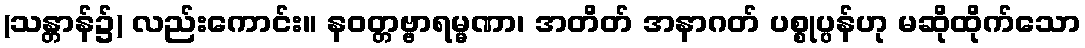
(သန္တာန်၌) လည်းကောင်း။ နဝတ္တဗ္ဗာရမ္မဏာ၊ အတိတ် အနာဂတ် ပစ္စုပ္ပန်ဟု မဆိုထိုက်သော